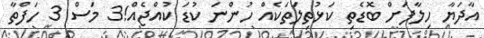
އާދަޔާ ހިލާފަށް ބޮޑެތި ކަޅުތިލަތަކެއް ހުންނަ ކުޑަ ކުއްޖެއް!3 މަސް 3 ހަފްތާ